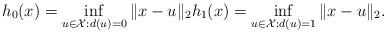
LaTeX: \begin{align*}h_0(x) = \inf_{u \in \mathcal{X}: d(u) = 0} \| x - u \|_2 h_1(x) = \inf_{u \in \mathcal{X}: d(u) = 1} \| x - u \|_2.\end{align*}